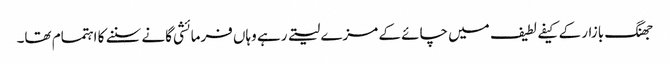
جھنگ بازار کے کیفے لطیف میں چائے کے مزے لیتے رہے وہاں فرمائشی گانے سننے کا اہتمام تھا۔